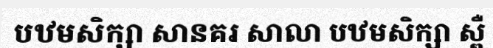
បឋមសិក្សា សានគរ សាលា បឋមសិក្សា ស្ពឺ